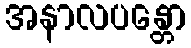
အနာလပန္တော